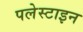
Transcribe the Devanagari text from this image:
पलेस्टाइन